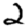
Digit: 2